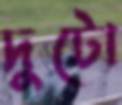
দুটো